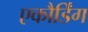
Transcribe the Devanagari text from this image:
एकौर्डिंग